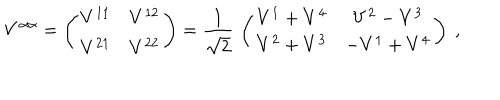
V ^ { \alpha \dot { \alpha } } = \left( \begin{matrix} { { V ^ { 1 \dot { 1 } } } } & { { V ^ { 1 \dot { 2 } } } } \\ { { V ^ { 2 \dot { 1 } } } } & { { V ^ { 2 \dot { 2 } } } } \\ \end{matrix} \right) = { \frac { 1 } { \sqrt 2 } } \, \left( \begin{matrix} { { V ^ { 1 } + V ^ { 4 } } } & { { V ^ { 2 } - V ^ { 3 } } } \\ { { V ^ { 2 } + V ^ { 3 } } } & { { - V ^ { 1 } + V ^ { 4 } } } \\ \end{matrix} \right) \ ,